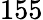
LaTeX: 155